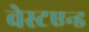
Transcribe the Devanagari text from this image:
वेस्टएन्ड